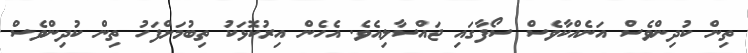
ތިން ކުދިންވެސް އަނެއްކާވެސް ސޯފާގައި ޖައްސާލިއެވެ. އެހެން އިރުކޮޅަކު ތިބުމަށްފަހު ތިން ކުދިންވެސް